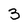
Character: 3